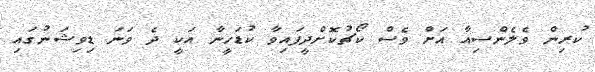
ކުރިން ވެލެންސިއާ އަށް ވެސް ކޯޗުކޮށްދީފައިވާ ކުޑަހީނާ އަކީ ދެ ވަނަ ޑިވިޝަނުގައި